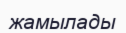
жамылады